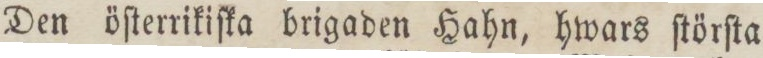
Den öſterrikiſka brigaden Hahn, hwars ſtörſta